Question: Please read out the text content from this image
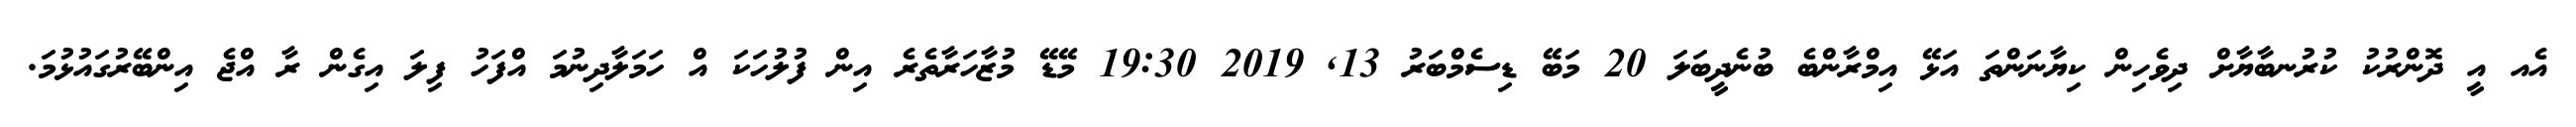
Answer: އެއ އީ ދޮންރުކު ކުރުނބާޔާށް ދިވެހިން ކިޔާނަންތަ އަޅޭ އިމްރާންބެ ބުނެދީބަލަ 20 މަބޭ ޑިސެމްބަރު 13, 2019 19:30 މޭޑޭ މުޒާހަރާތެރެ އިން ފުލުހަކަ އް ހަމަލާދިނުމަ އްފަހު ފިލަ އިގެން ރާ އްޖެ އިންބޭރުގައުޅުމަ.